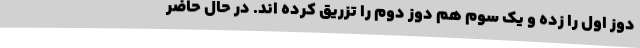
دوز اول را زده و یک سوم هم دوز دوم را تزریق کرده اند. در حال حاضر